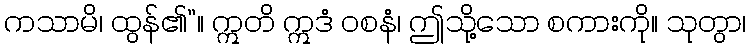
ကသာမိ၊ ထွန်၏”။ ဣတိ ဣဒံ ဝစနံ၊ ဤသို့သော စကားကို။ သုတွာ၊